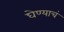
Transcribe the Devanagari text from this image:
घेण्याचं